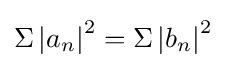
\Sigma \left|a_{n}\right|^{2}=\Sigma \left|b_{n}\right|^{2}